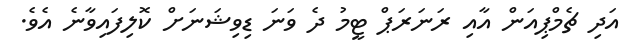
އަދި ޗެމްޕިއަން އާއި ރަނަރަޕް ޓީމު ދެ ވަނަ ޑިވިޝަނަށް ކޮލިފައިވާނެ އެވެ.